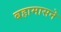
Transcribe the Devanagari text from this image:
बहामासने